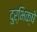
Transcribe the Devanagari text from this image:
दुर्भिक्षे